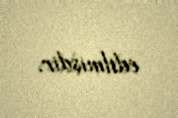
edilmişdir.